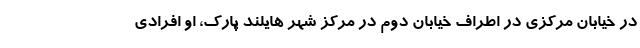
در خیابان مرکزی در اطراف خیابان دوم در مرکز شهر هایلند پارک، او افرادی